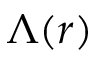
\Lambda ( r )